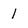
Character: 1